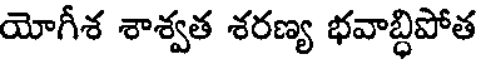
యోగీశ శాశ్వత శరణ్య భవాబ్ధిపోత